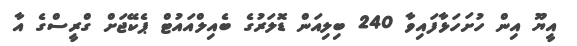
އީޔޫ އިން ހުށަހަޅާފައިވާ 240 ބިލިއަން ޑޮލަރުގެ ބެއިލްއައުޓް ޕެކޭޖަށް ގްރީސްގެ އާ